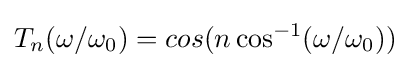
T_{n}(\omega /\omega _{0})=cos(n\cos ^{-1}(\omega /\omega _{0}))